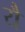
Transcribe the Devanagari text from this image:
यैं